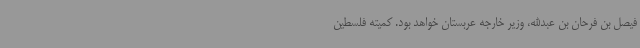
فیصل بن فرحان بن عبدالله، وزیر خارجه عربستان خواهد بود. کمیته فلسطین